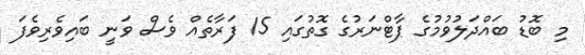
މި ބޮޑު ބައްދަލުވުމުގެ ޕާޓްނަރުގެ ގޮތުގައި 15 ފަރާތެއް ވެސް ވަނީ ބައިވެރިވެފަ